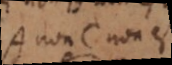
A non-C non est.